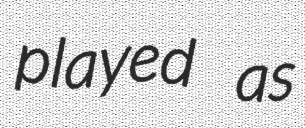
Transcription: played as